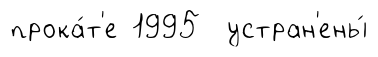
прока́т'е 1995 устран'ены́